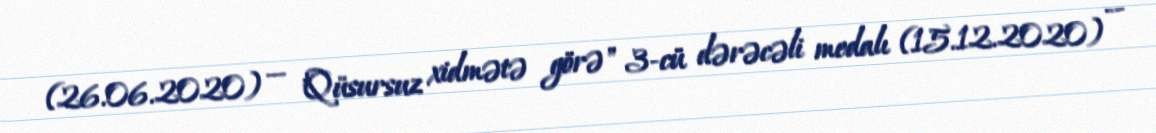
(26.06.2020) — "Qüsursuz xidmətə görə" 3-cü dərəcəli medalı (15.12.2020) —